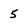
Character: 5